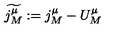
\widetilde { j _ { M } ^ { \mu } } : = j _ { M } ^ { \mu } - U _ { M } ^ { \mu }